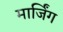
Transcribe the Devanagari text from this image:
मार्जिंग